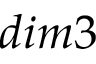
d i m 3